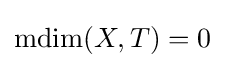
\operatorname {mdim} (X,T)=0